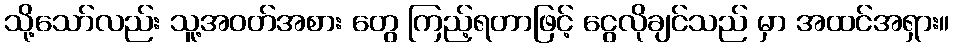
သို့သော်လည်း သူ့အဝတ်အစား တွေ ကြည့်ရတာဖြင့် ငွေလိုချင်သည် မှာ အထင်အရှား။